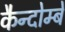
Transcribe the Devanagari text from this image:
कैन्दोम्बे